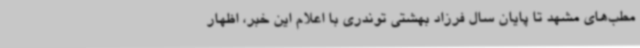
مطب‌های مشهد تا پایان سال فرزاد بهشتی توندری با اعلام این خبر، اظهار